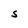
Character: S